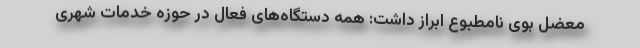
معضل بوی نامطبوع ابراز داشت: همه دستگاه‌های فعال در حوزه خدمات شهری